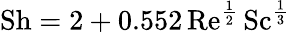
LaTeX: \mathrm{Sh}=2+0.552\, \mathrm{Re}^{\frac{1}{2}}\, \mathrm{Sc}^{\frac{1}{3}}